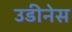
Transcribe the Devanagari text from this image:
उडीनेस